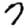
Digit: 7